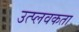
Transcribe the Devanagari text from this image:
उत्प्लवकता